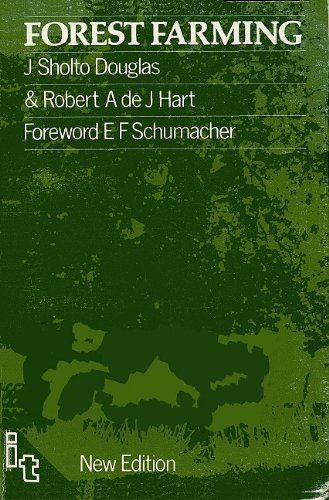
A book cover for Forest Farming: Towards a Solution to Problems of World Hunger and Conservation; J. Sholto Douglas; Crafts, Hobbies & Home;